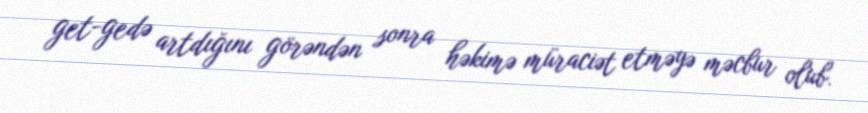
get-gedə artdığını görəndən sonra həkimə müraciət etməyə məcbur olub.